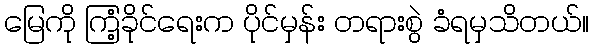
မြေကို ကြံ့ခိုင်ရေးက ပိုင်မှန်း တရားစွဲ ခံရမှသိတယ်။